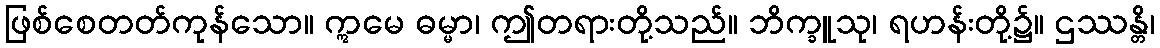
ဖြစ်စေတတ်ကုန်သော။ ဣမေ ဓမ္မာ၊ ဤတရားတို့သည်။ ဘိက္ခူသု၊ ရဟန်းတို့၌။ ဌဿန္တိ၊